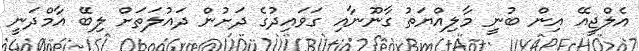
އެލްޖީއޭ އިން ބުނީ މާލިއްޔަތު ގާނޫނާއި ގަވައިދުގެ ދަށުން ދައުލަތަށް ލިބޭ އާމްދަނީ